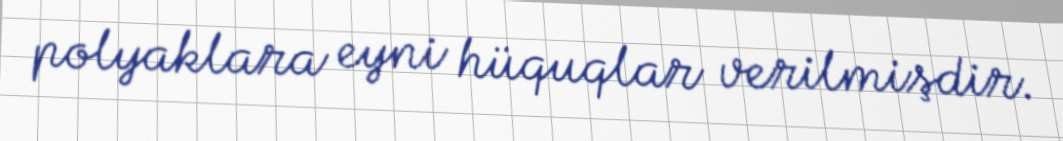
polyaklara eyni hüquqlar verilmişdir.